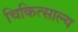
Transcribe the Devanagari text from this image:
चिकित्साल्य